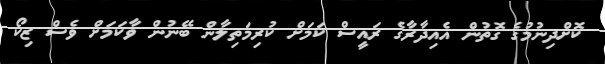
ކޮށްދިނުމުގެ ގޮތުން އެއިދާރާގެ ރައީސް ކަމަށް ކުރިމަތިލާން ބޭނުން ވާކަމަށް ވެސް ޒިކޯ